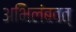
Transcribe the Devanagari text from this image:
अभिलंबवत्